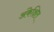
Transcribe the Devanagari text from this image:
अंकेक्षित